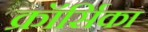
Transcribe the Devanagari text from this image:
क्रॉर्सिका